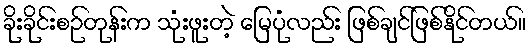
ခိုးခိုင်းစဉ်တုန်းက သုံးဖူးတဲ့ မြေပုံလည်း ဖြစ်ချင်ဖြစ်နိုင်တယ်။